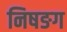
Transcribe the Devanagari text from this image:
निषङग